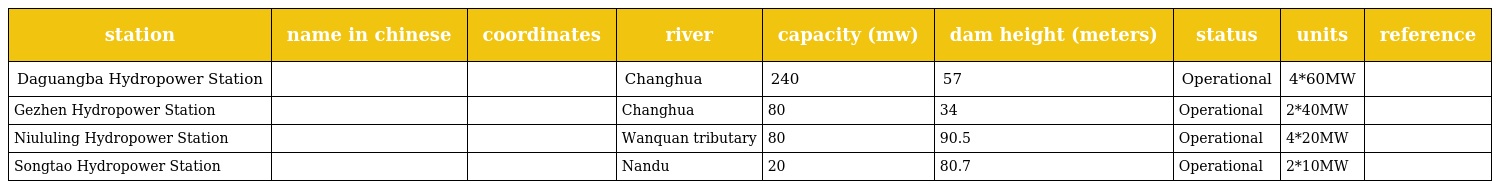
| station | name in chinese | coordinates | river | capacity (mw) | dam height (meters) | status | units | reference |
 | --- | --- | --- | --- | --- | --- | --- | --- | --- |
 | Daguangba Hydropower Station | 广坝农场 |  | Changhua | 240 | 57 | Operational | 4*60MW |  |
 | Gezhen Hydropower Station |  |  | Changhua | 80 | 34 | Operational | 2*40MW |  |
 | Niululing Hydropower Station |  |  | Wanquan tributary | 80 | 90.5 | Operational | 4*20MW |  |
 | Songtao Hydropower Station |  |  | Nandu | 20 | 80.7 | Operational | 2*10MW |  |